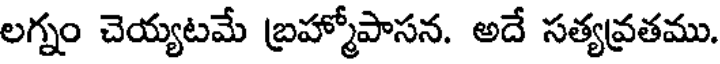
లగ్నం చెయ్యటమే బ్రహ్మోపాసన. అదే సత్యవ్రతము.